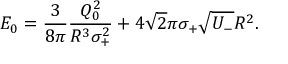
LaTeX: E _ { 0 } = \frac { 3 } { 8 \pi } \frac { Q _ { 0 } ^ { 2 } } { R ^ { 3 } \sigma _ { + } ^ { 2 } } + 4 { \sqrt { 2 } } \pi \sigma _ { + } { \sqrt { U _ { - } } } R ^ { 2 } .